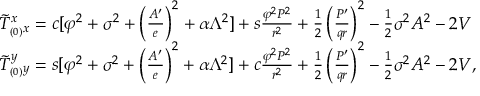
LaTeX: \begin{array} { l l } { { \tilde { T } _ { _ { ( 0 ) } x } ^ { x } = c [ \varphi ^ { 2 } + \sigma ^ { 2 } + \left( \frac { A ^ { \prime } } { e } \right) ^ { 2 } + \alpha \Lambda ^ { 2 } ] + s \frac { \varphi ^ { 2 } P ^ { 2 } } { r ^ { 2 } } + \frac { 1 } { 2 } \left( \frac { P ^ { \prime } } { q r } \right) ^ { 2 } - \frac { 1 } { 2 } \sigma ^ { 2 } A ^ { 2 } - 2 V } } \\ { { \tilde { T } _ { _ { ( 0 ) } y } ^ { y } = s [ \varphi ^ { 2 } + \sigma ^ { 2 } + \left( \frac { A ^ { \prime } } { e } \right) ^ { 2 } + \alpha \Lambda ^ { 2 } ] + c \frac { \varphi ^ { 2 } P ^ { 2 } } { r ^ { 2 } } + \frac { 1 } { 2 } \left( \frac { P ^ { \prime } } { q r } \right) ^ { 2 } - \frac { 1 } { 2 } \sigma ^ { 2 } A ^ { 2 } - 2 V , } } \end{array}